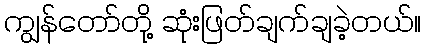
ကျွန်တော်တို့ ဆုံးဖြတ်ချက်ချခဲ့တယ်။